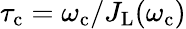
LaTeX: \tau_{\mathrm{c}}=\omega_{\mathrm{c}}/J_{\mathrm{L}}(\omega_{\mathrm{c}})